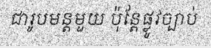
ជារូបមន្តមួយ ប៉ុន្តែផ្លូវច្បាប់